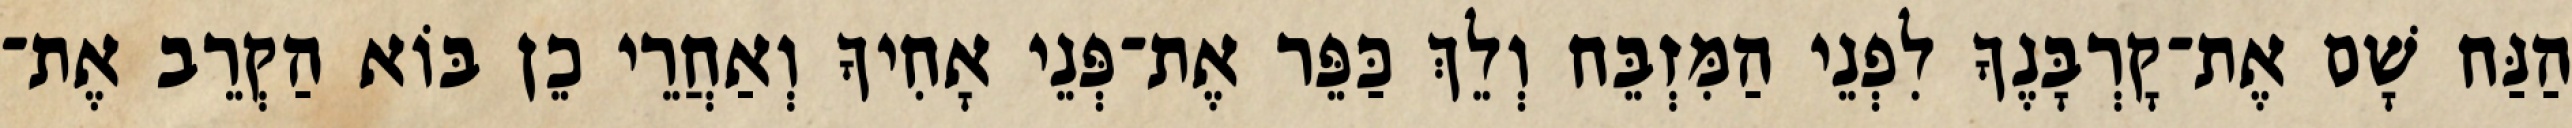
הַנַּח שָׁם אֶת־קָרְבָּנֶךָ לִפְנֵי הַמִּזְבֵּח וְלֵךְ כַּפֵּר אֶת־פְּנֵי אָחִיךָ וְאַחֲרֵי כֵן בּוֹא הַקְרֵב אֶת־